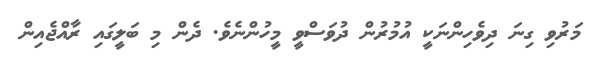
މަރުވި ގިނަ ދިވެހިންނަކީ އުމުރުން ދުވަސްވީ މީހުންނެވެ. ދެން މި ބަލީގައި ރާއްޖެއިން